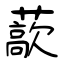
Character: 藃